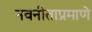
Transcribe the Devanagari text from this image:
नवनीताप्रमाणे